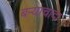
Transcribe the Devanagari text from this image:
बऱ्याचादा